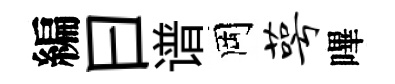
編曰谱岡萼嗶